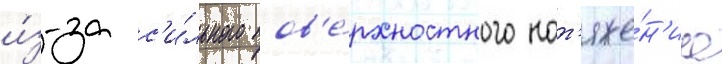
и́з-за с'и́льного пов'е́рхностного нат'яже́н'иа